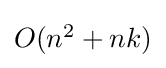
{\textstyle O(n^{2}+nk)}